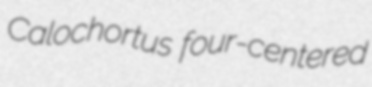
Calochortus four-centered